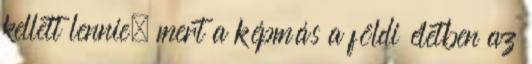
kellett lennie, mert a képmás a földi életben az